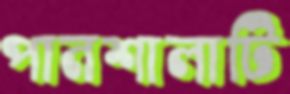
পানশালাটি